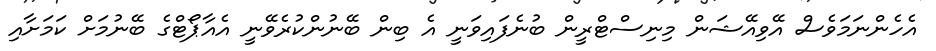
އެހެންނަމަވެސް އޭވިއޭޝަން މިނިސްޓްރީން ބުނެފައިވަނީ އެ ބިން ބޭނުންކުރެވޭނީ އެއާޕޯޓްގެ ބޭނުމަށް ކަމަށާއި